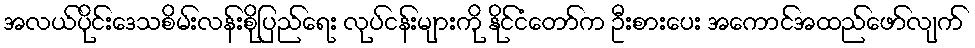
အလယ်ပိုင်းဒေသစိမ်းလန်းစိုပြည်ရေး လုပ်ငန်းများကို နိုင်ငံတော်က ဦးစားပေး အကောင်အထည်ဖော်လျက်